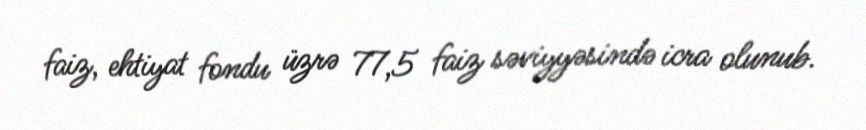
faiz, ehtiyat fondu üzrə 77,5 faiz səviyyəsində icra olunub.